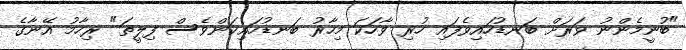
"ބުނީމެންނު ވަރަށް ބަނޑުހައިވެފައި ހުރި ވާހަކަ މިހާރު ބަނޑުހައިކަންވެސް ފިލީތަ" ރިހާމު އޭނާގެ